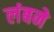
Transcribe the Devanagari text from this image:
लंबने